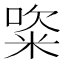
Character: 𥺔